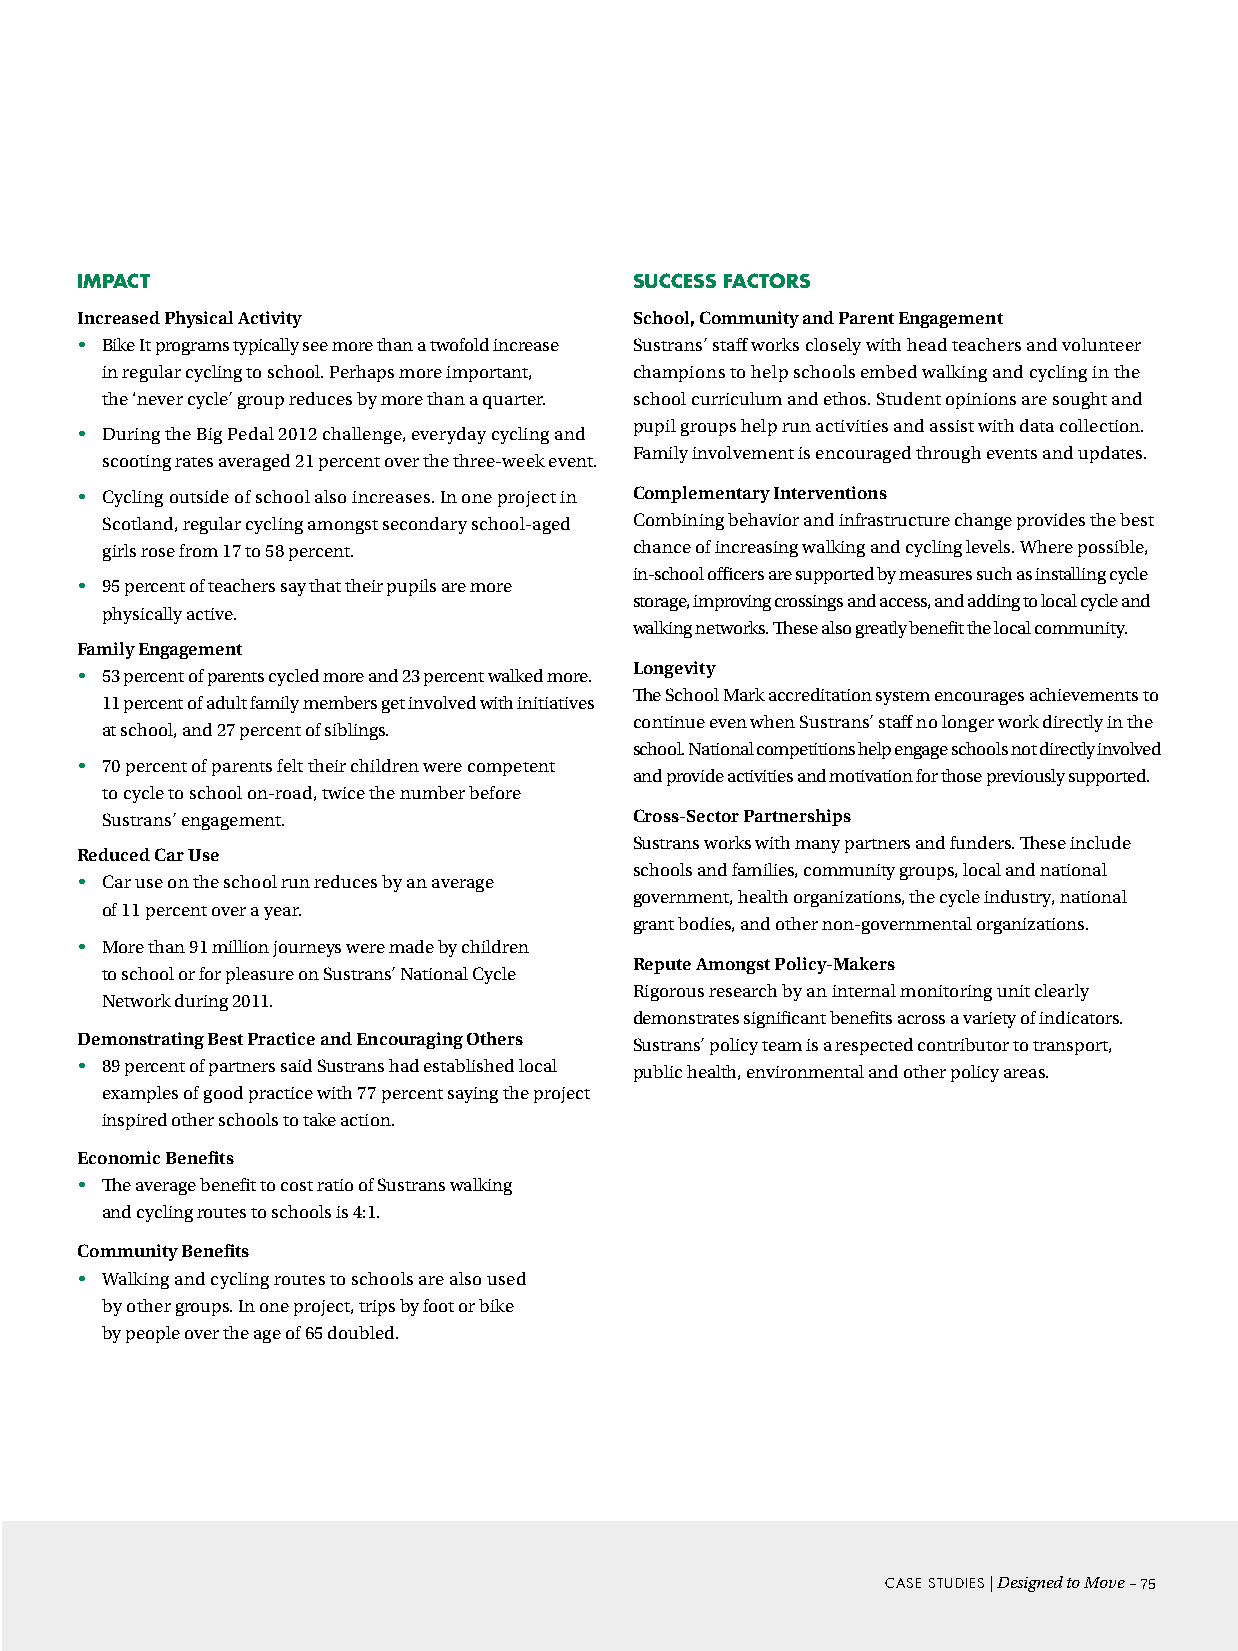
iMPact                               success FactORs
 Increased Physical Activity          School, Community and Parent Engagement
 • Bike It programs typically see more than a twofold increase Sustrans’ staff works closely with head teachers and volunteer
 in regular cycling to school. Perhaps more important, champions to help schools embed walking and cycling in the
 the ‘never cycle’ group reduces by more than a quarter. school curriculum and ethos. Student opinions are sought and
 pupil groups help run activities and assist with data collection.
 • During the Big Pedal 2012 challenge, everyday cycling and
 Family involvement is encouraged through events and updates.
 scooting rates averaged 21 percent over the three-week event.
 • Cycling outside of school also increases. In one project in Complementary Interventions
 Scotland, regular cycling amongst secondary school-aged Combining behavior and infrastructure change provides the best
 girls rose from 17 to 58 percent.  chance of increasing walking and cycling levels. Where possible,
 in-school officers are supported by measures such as installing cycle
 • 95 percent of teachers say that their pupils are more
 storage, improving crossings and access, and adding to local cycle and
 physically active.
 walking networks. These also greatly benefit the local community.
 Family Engagement
 Longevity
 • 53 percent of parents cycled more and 23 percent walked more.
 The School Mark accreditation system encourages achievements to
 11 percent of adult family members get involved with initiatives
 continue even when Sustrans’ staff no longer work directly in the
 at school, and 27 percent of siblings.
 school. National competitions help engage schools not directly involved
 • 70 percent of parents felt their children were competent
 and provide activities and motivation for those previously supported.
 to cycle to school on-road, twice the number before
 Sustrans’ engagement.              Cross-Sector Partnerships
 Sustrans works with many partners and funders. These include
 Reduced Car Use
 schools and families, community groups, local and national
 • Car use on the school run reduces by an average
 government, health organizations, the cycle industry, national
 of 11 percent over a year.
 grant bodies, and other non-governmental organizations.
 • More than 91 million journeys were made by children
 Repute Amongst Policy-Makers
 to school or for pleasure on Sustrans’ National Cycle
 Rigorous research by an internal monitoring unit clearly
 Network during 2011.
 demonstrates significant benefits across a variety of indicators.
 Demonstrating Best Practice and Encouraging Others Sustrans’ policy team is a respected contributor to transport,
 • 89 percent of partners said Sustrans had established local public health, environmental and other policy areas.
 examples of good practice with 77 percent saying the project
 inspired other schools to take action.
 Economic Benefits
 • The average benefit to cost ratio of Sustrans walking
 and cycling routes to schools is 4:1.
 Community Benefits
 • Walking and cycling routes to schools are also used
 by other groups. In one project, trips by foot or bike
 by people over the age of 65 doubled.
 cAse sTudies | Designed to Move –75